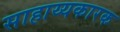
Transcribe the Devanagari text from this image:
साहाय्यकारक